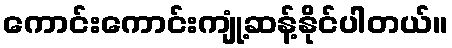
ကောင်းကောင်းကျုံ့ဆန့်နိုင်ပါတယ်။